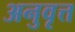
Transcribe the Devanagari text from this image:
अनुवृत्त